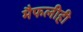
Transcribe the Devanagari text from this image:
मैफलीही